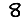
Digit: 8